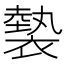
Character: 𧜼